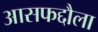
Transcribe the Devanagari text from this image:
आसफद्दौला